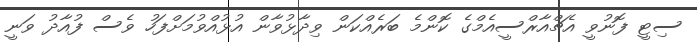
ސިޓީ ފޮނުވީ އެޗްއާރްސީއެމްގެ ކޮންމެ ބަރެއްކަން ވިދާޅުވާން އުޅުއްވުމަށްފަހު ވެސް ފުއާދު ވަނީ